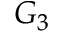
G _ { 3 }